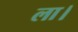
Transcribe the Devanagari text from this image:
ला।